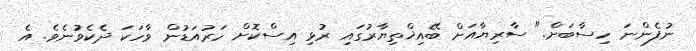
ނުފެންނަ ހިސާބަށް." ސާރިޔާއަށް ބޭއިޚްތިޔާރުގައި ރުޅި އިސްކޮށް ހަރުއަޑުން ވާހަކަ ދެކެވުނެވެ. އެ